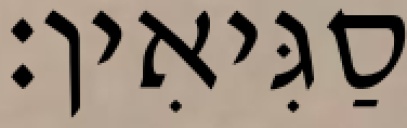
סַגִּיאִין׃